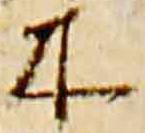
木